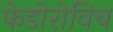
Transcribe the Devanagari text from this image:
फेडोरोविच